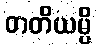
တတိယမ္ပိ